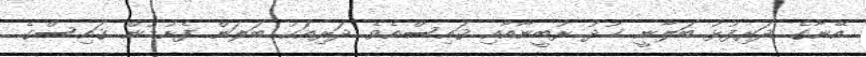
އޭނާގެ ދަރިފުޅު ބަލާނީ ޚުދު ރުބީނާއާއި ޤައިސްއެވެ. ދަރިއަކު ބަލަން ފެށުމުން ޤައިސްގެ